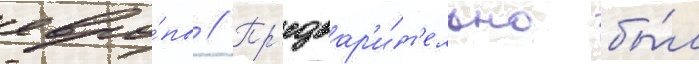
евро́пы // Пр'едвар'и́т'ельно бы́л